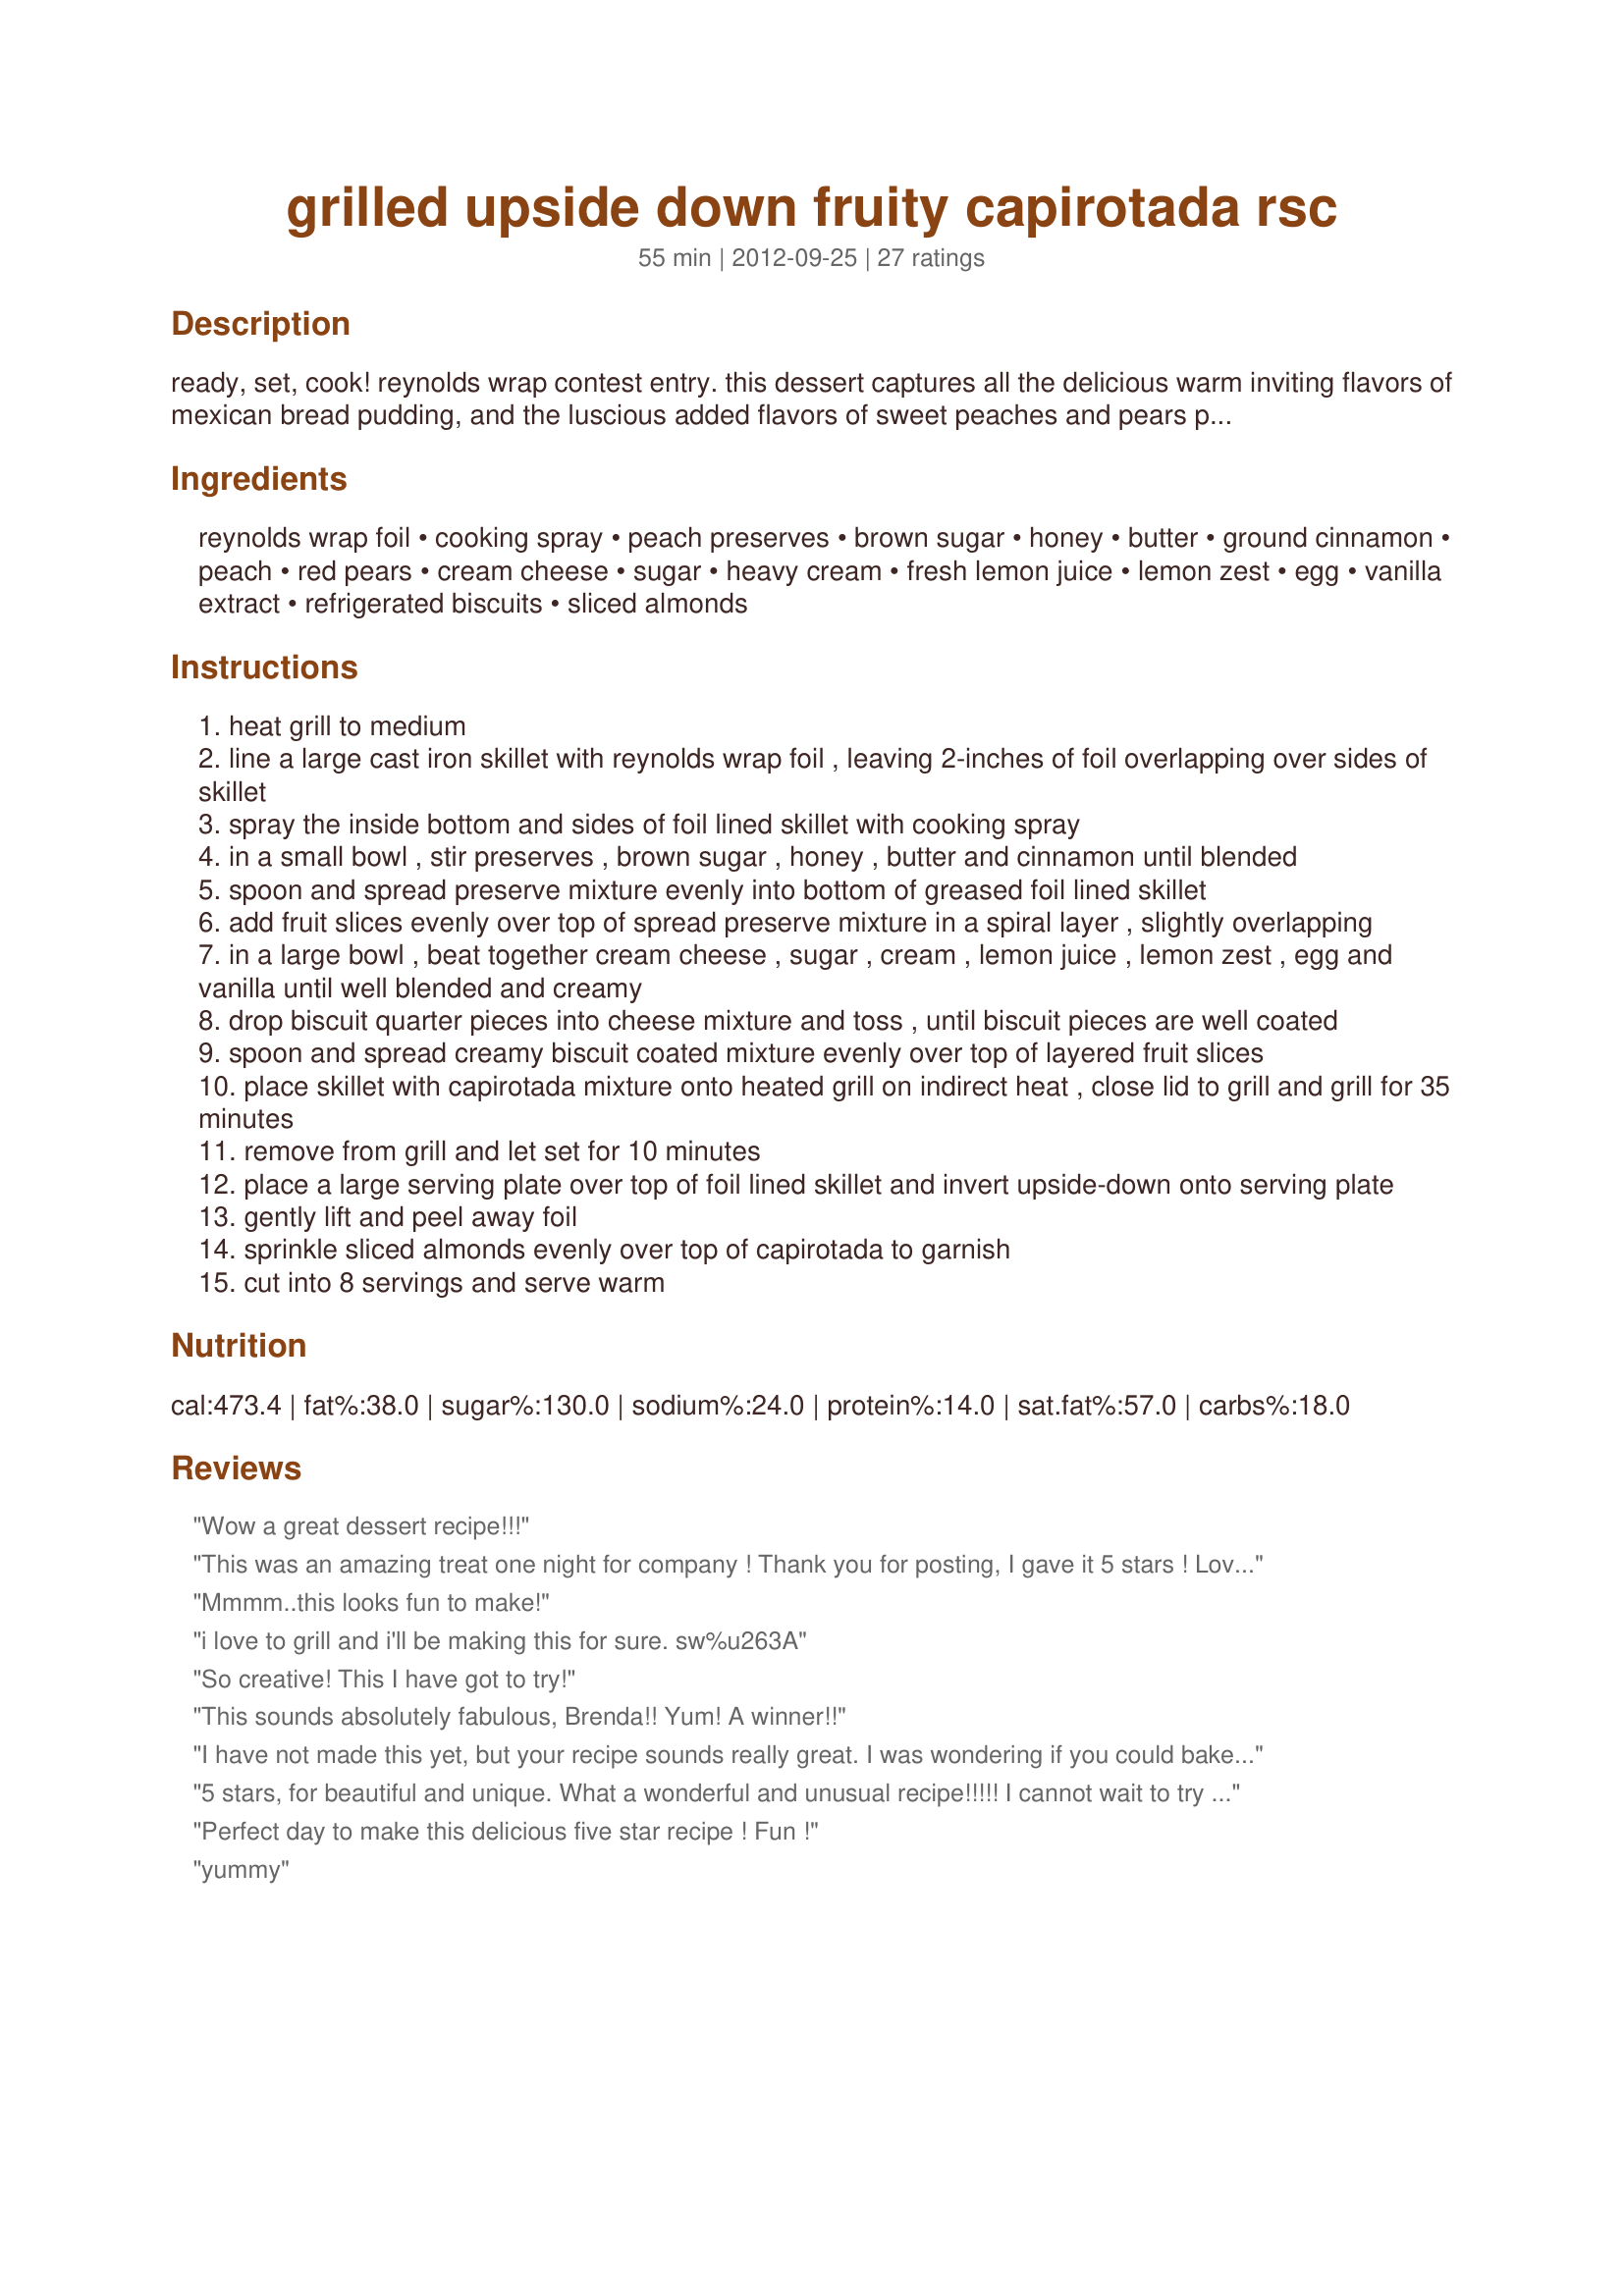
grilled upside down fruity capirotada rsc
Preparation time: 55 minutes

ready, set, cook! reynolds wrap contest entry. this dessert captures all the delicious warm inviting flavors of mexican bread pudding, and the luscious added flavors of sweet peaches and pears put it over the top. plus, the ease in preparing, with huge thanks to reynolds wrap, make this dessert a huge hit for all families and friends.

Ingredients:
reynolds wrap foil, cooking spray, peach preserves, brown sugar, honey, butter, ground cinnamon, peach, red pears, cream cheese, sugar, heavy cream, fresh lemon juice, lemon zest, egg, vanilla extract, refrigerated biscuits, sliced almonds

Steps:
heat grill to medium
line a large cast iron skillet with reynolds wrap foil , leaving 2-inches of foil overlapping over sides of skillet
spray the inside bottom and sides of foil lined skillet with cooking spray
in a small bowl , stir preserves , brown sugar , honey , butter and cinnamon until blended
spoon and spread preserve mixture evenly into bottom of greased foil lined skillet
add fruit slices evenly over top of spread preserve mixture in a spiral layer , slightly overlapping
in a large bowl , beat together cream cheese , sugar , cream , lemon juice , lemon zest , egg and vanilla until well blended and creamy
drop biscuit quarter pieces into cheese mixture and toss , until biscuit pieces are well coated
spoon and spread creamy biscuit coated mixture evenly over top of layered fruit slices
place skillet with capirotada mixture onto heated grill on indirect heat , close lid to grill and grill for 35 minutes
remove from grill and let set for 10 minutes
place a large serving plate over top of foil lined skillet and invert upside-down onto serving plate
gently lift and peel away foil
sprinkle sliced almonds evenly over top of capirotada to garnish
cut into 8 servings and serve warm

Reviews:
Wow a great dessert recipe!!!
This was an amazing treat one night for company ! Thank you for posting, I gave it 5 stars ! Loved that it was grilled, so good !
Mmmm..this looks fun to make!
i love to grill and i'll be making this for sure. sw%u263A
So creative! This I have got to try!
This sounds absolutely fabulous, Brenda!! Yum! A winner!!
I have not made this yet, but your recipe sounds really great. I was wondering if you could bake this in a oven instead of on a grill?
5 stars, for beautiful and unique. What a wonderful and unusual recipe!!!!! I cannot wait to try it!<br/>Thank you for sharing
Perfect day to make this delicious five star recipe ! Fun !
yummy
Looks and sounds incredible! This recipe deserves 5 stars!!!!
Wow, Brenda!!! What an awesome recipe!!! I've pinned it to my Pinterest board "Cooking"!! Thanks for sharing!!! 5 stars for sure!!!!
I really can't wait to try this!!!!
Sounds great!
Looks yummy and so easy to make!!
Great recipe!!! I love it!
This is soooooo delicious, wow what an amazing recipe. Moist, easy to make and what flavors. A real winner and a keeper in my recipe box !!
Sounds like a wonderful and unique recipe. I am really looking forward to trying. Going to buy the ingredients and try it this weekend! Thanks!
Looks and sounds awesome!
This looks soooooo yummy and easy. My kids love peaches -- going to try this out this week!
This looks like a wonderful cake, and made on a bar-b-que!
Great idea!
Brenda, I would love this for brunch with steaming mugs of coffee!
likey likey!
This looks absolutely delicous! Well Done!
yummmmmmm
Lovely flavors! What a great concept!
